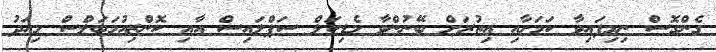
ގެންގޮސް ނިމިފައިވާ ކަމަށާއި އިތުރަށް ބޭނުންވާ މެޑިކަލް ސަޕްލައިސް އާއި ކޮންޒިއުމަބަލްސް މިއަދު